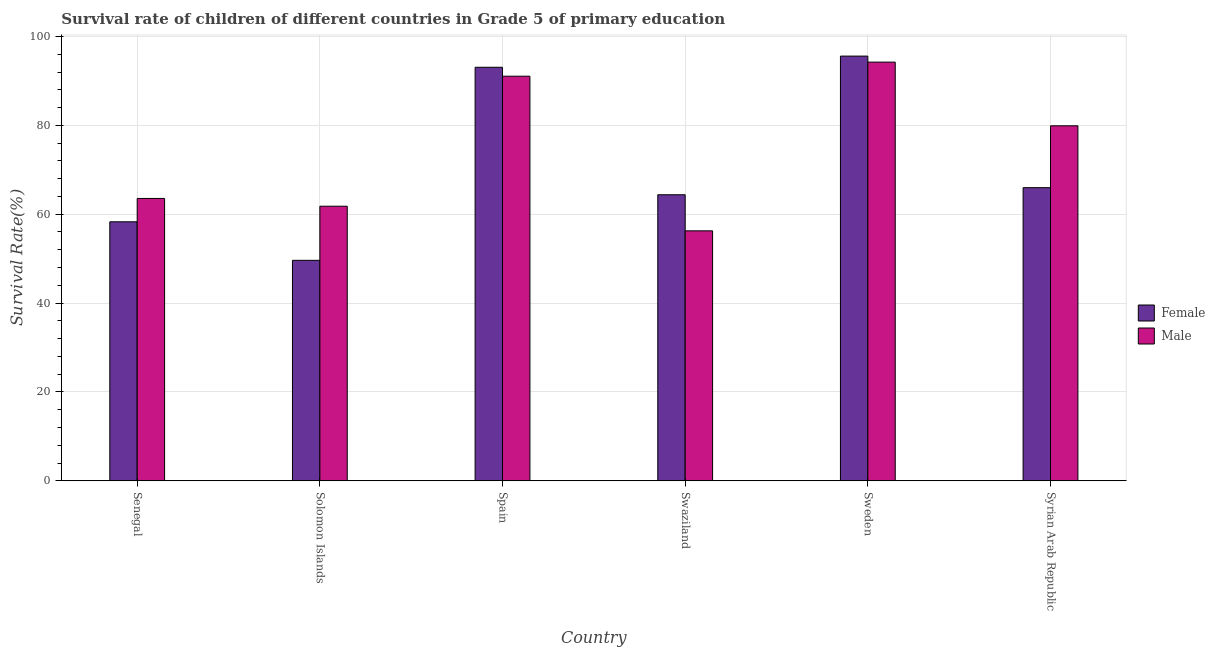
| Country | Female | Male |
 | --- | --- | --- |
 | Senegal | 58.3 | 63.5 |
 | Solomon Islands | 49.6 | 61.8 |
 | Spain | 93.1 | 91.1 |
 | Swaziland | 64.4 | 56.3 |
 | Sweden | 95.6 | 94.2 |
 | Syrian Arab Republic | 66 | 79.9 |